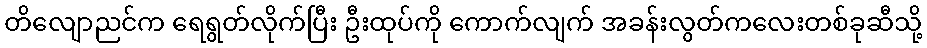
တိလျောညင်က ရေရွတ်လိုက်ပြီး ဦးထုပ်ကို ကောက်လျက် အခန်းလွတ်ကလေးတစ်ခုဆီသို့